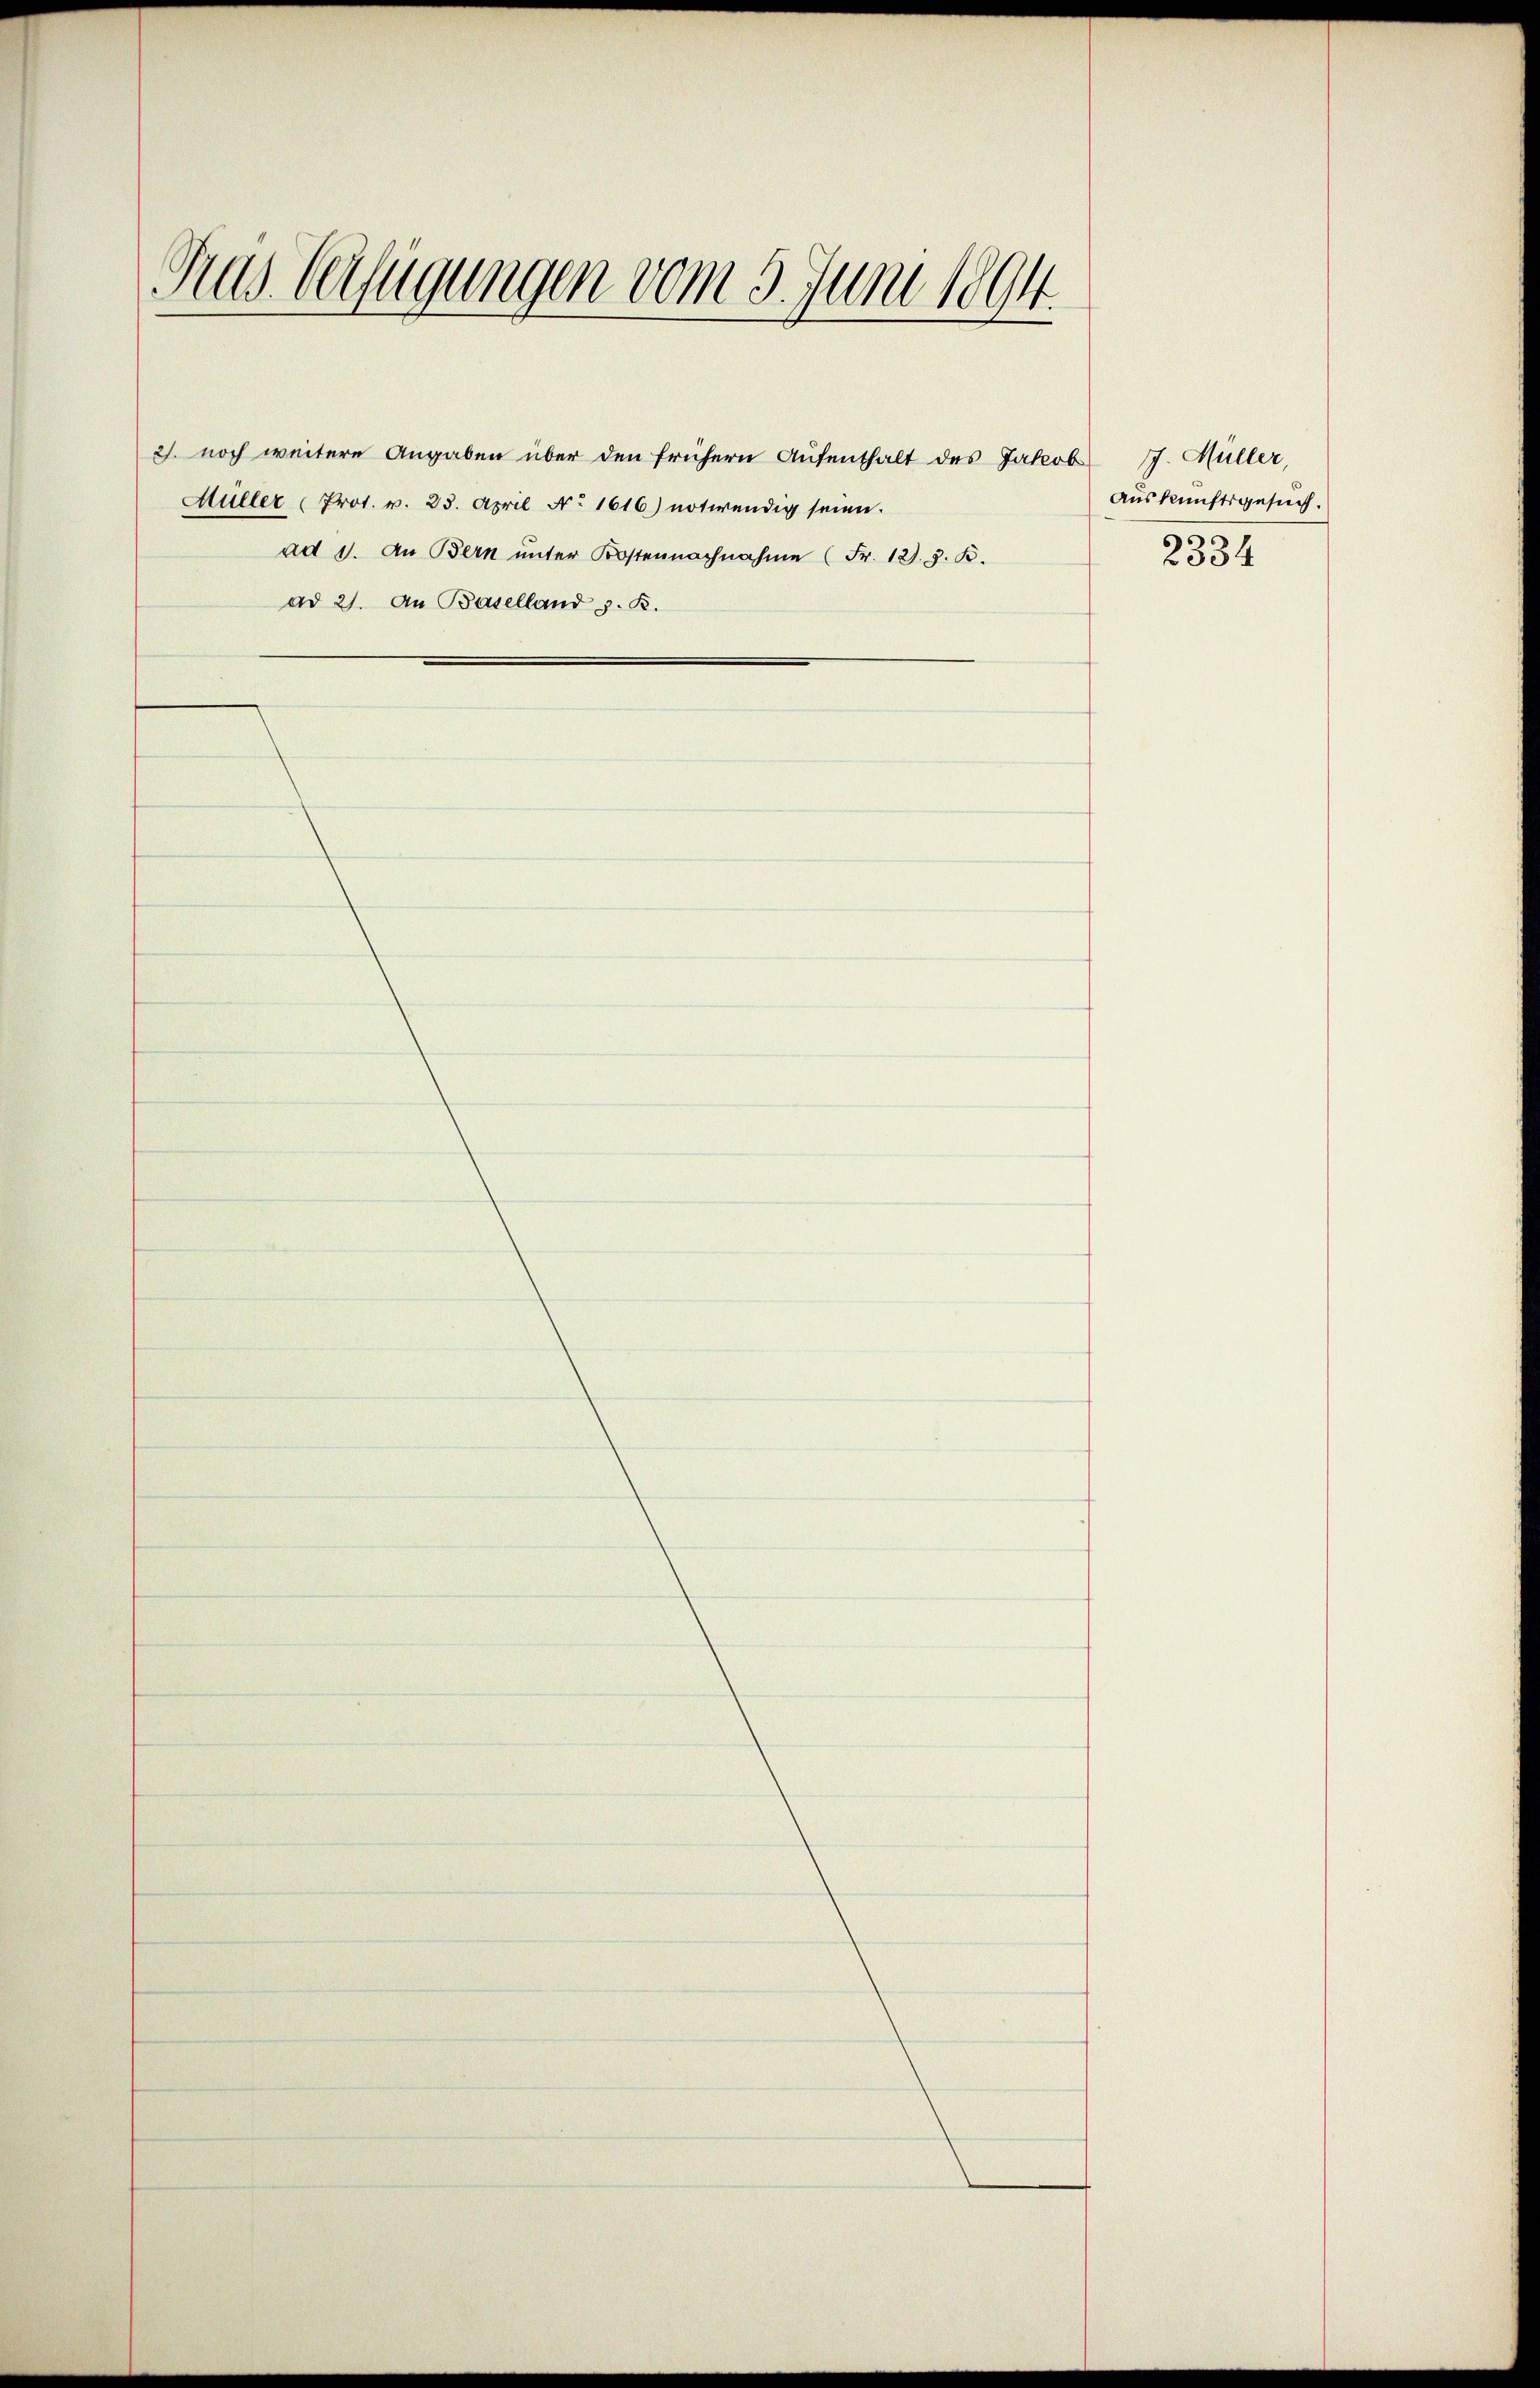
Gras Verfügungen vom 5. Juni 1894.

2). noch weitere Angaben über den frühern Aufenthalt des Jakob
Müller Prot. v. 23. April No 1616) notwendig seien.
ad 21. An Baselland z. B.

ad 1. An Bern unter Kostennachnahme (Fr. 12. z. B.

J. Müller
Auskunftsgesuch.
2334